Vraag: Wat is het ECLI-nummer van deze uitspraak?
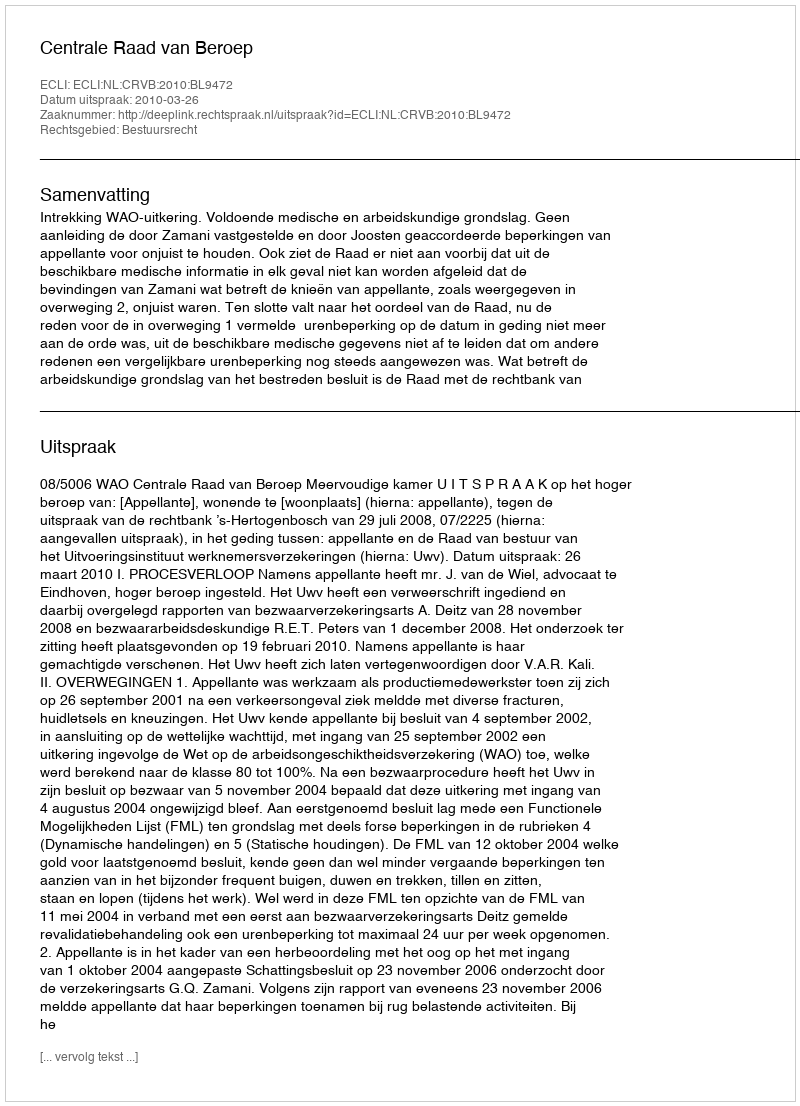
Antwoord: ECLI:NL:CRVB:2010:BL9472